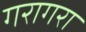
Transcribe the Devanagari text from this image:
गरागरा